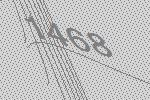
1468